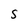
Character: s